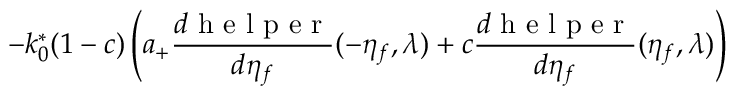
- k _ { 0 } ^ { * } ( 1 - c ) \left( a _ { + } \frac { d \mathrm { ~ h ~ e ~ l ~ p ~ e ~ r ~ } } { d \eta _ { f } } ( - \eta _ { f } , \lambda ) + c \frac { d \mathrm { ~ h ~ e ~ l ~ p ~ e ~ r ~ } } { d \eta _ { f } } ( \eta _ { f } , \lambda ) \right)